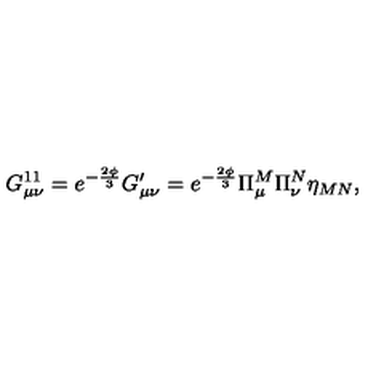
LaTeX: G _ { \mu \nu } ^ { 1 1 } = e ^ { - \frac { 2 \phi } { 3 } } G _ { \mu \nu } ^ { \prime } = e ^ { - \frac { 2 \phi } { 3 } } \Pi _ { \mu } ^ { M } \Pi _ { \nu } ^ { N } \eta _ { M N } ,